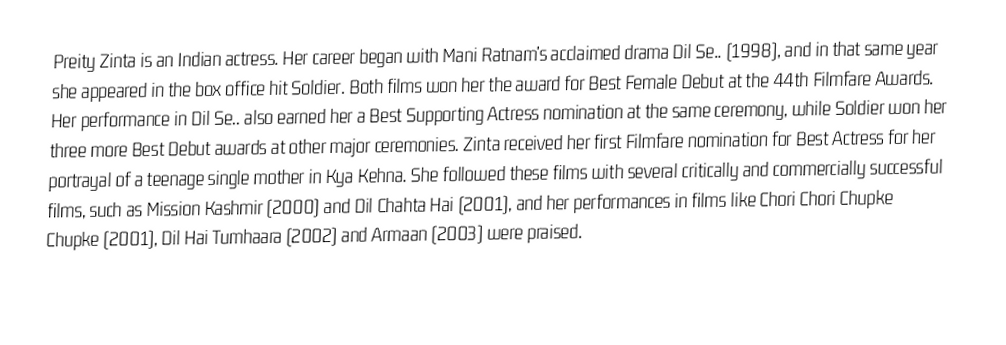
Preity Zinta is an Indian actress. Her career began with Mani Ratnam's acclaimed drama Dil Se.. (1998), and in that same year she appeared in the box office hit Soldier. Both films won her the award for Best Female Debut at the 44th Filmfare Awards. Her performance in Dil Se.. also earned her a Best Supporting Actress nomination at the same ceremony, while Soldier won her three more Best Debut awards at other major ceremonies. Zinta received her first Filmfare nomination for Best Actress for her portrayal of a teenage single mother in Kya Kehna. She followed these films with several critically and commercially successful films, such as Mission Kashmir (2000) and Dil Chahta Hai (2001), and her performances in films like Chori Chori Chupke Chupke (2001), Dil Hai Tumhaara (2002) and Armaan (2003) were praised.